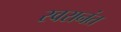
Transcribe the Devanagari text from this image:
स्वरानंत